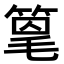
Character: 𫂌